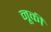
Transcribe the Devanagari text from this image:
नूकी